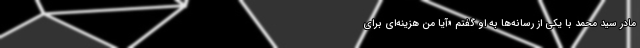
مادر سید محمد با یکی از رسانه‌ها به او گفتم «آیا من هزینه‌ای برای